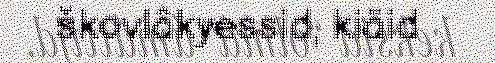
škovlâkyessid, kiäid